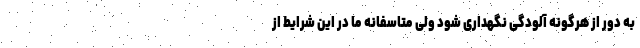
به دور از هرگونه آلودگی نگهداری شود ولی متاسفانه ما در این شرایط از